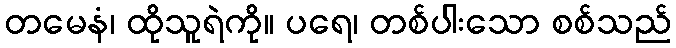
တမေနံ၊ ထိုသူရဲကို။ ပရေ၊ တစ်ပါးသော စစ်သည်